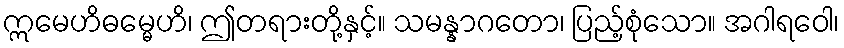
ဣမေဟိဓမ္မေဟိ၊ ဤတရားတို့နှင့်။ သမန္နာဂတော၊ ပြည့်စုံသော။ အဂါရဝေါ၊